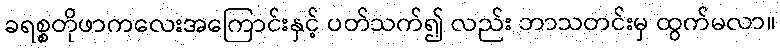
ခရစ္စတိုဖာကလေးအကြောင်းနှင့် ပတ်သက်၍ လည်း ဘာသတင်းမှ ထွက်မလာ။